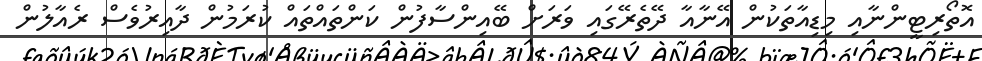
އޮތޯރިޓީންނާއި މިޑިއާތަކުން އޭނާއާ ދޭތެރޭގައި ވަރަށް ބޭއިންސާފުން ކަންތައްތައް ކުރަމުން ދާއިރުވެސް ރެއާލުން